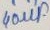
Text: 40µF